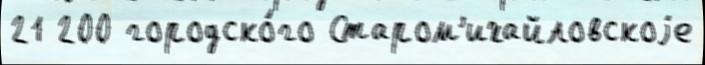
21 200 городско́го Старом'ихайловскоjе